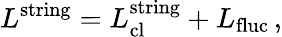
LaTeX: L^{\mathrm{string}}=L_{\mathrm{cl}}^{\mathrm{string}}+L_{\mathrm{fluc}}\, ,